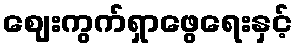
ဈေးကွက်ရှာဖွေရေးနှင့်